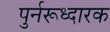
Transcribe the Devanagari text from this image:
पुर्नरूध्दारक